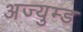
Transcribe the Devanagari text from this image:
अज्युम्ड